Problem: 4 ÷ 4 = ?
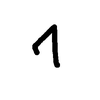
Handwritten answer: 1